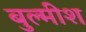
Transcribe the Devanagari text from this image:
बुल्मीश